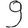
Digit: 9